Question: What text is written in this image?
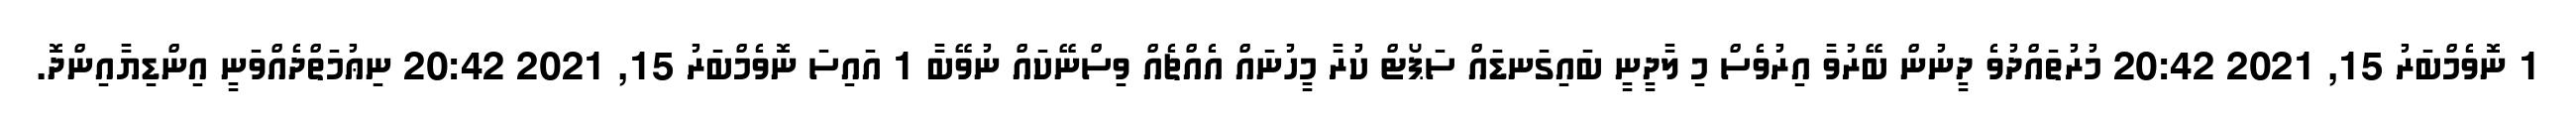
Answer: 1 ނޮވެމްބަރު 15, 2021 20:42 މުރުތައްދުވެ ދީނުން ބޭރުވާ އިރުވެސް މި ލާދީނީ ބައިގަނޑައް ސަޕޯޓް ކުރާ މީހުނައް އެއްޗެއް ވިސްނޭކައް ނުވޭބާ 1 އައިސަ ނޮވެމްބަރު 15, 2021 20:42 ނިޢުމަތްދެއްވަނީ އިންޑިޔާއިންދޮ.